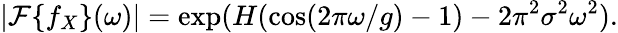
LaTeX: |\mathcal F\{ f_{X}\} (\omega)|=\exp(H(\cos(2\pi\omega/g)-1)-2\pi^{2}\sigma^{2}\omega^{2}).